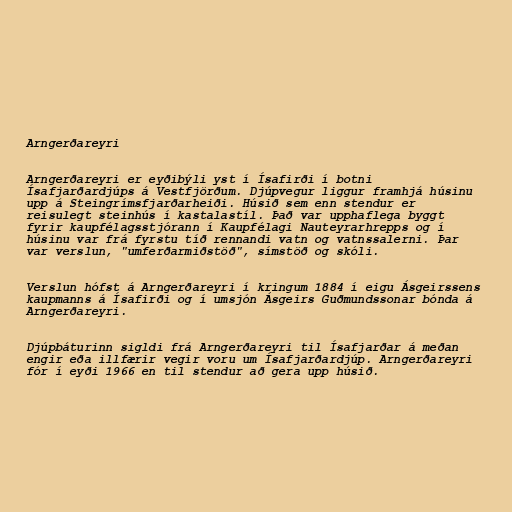
Arngerðareyri

Arngerðareyri er eyðibýli yst í Ísafirði í botni
Ísafjarðardjúps á Vestfjörðum. Djúpvegur liggur framhjá húsinu
upp á Steingrímsfjarðarheiði. Húsið sem enn stendur er
reisulegt steinhús í kastalastíl. Það var upphaflega byggt
fyrir kaupfélagsstjórann í Kaupfélagi Nauteyrarhrepps og í
húsinu var frá fyrstu tíð rennandi vatn og vatnssalerni. Þar
var verslun, "umferðarmiðstöð", símstöð og skóli.

Verslun hófst á Arngerðareyri í kringum 1884 í eigu Ásgeirssens
kaupmanns á Ísafirði og í umsjón Ásgeirs Guðmundssonar bónda á
Arngerðareyri.

Djúpbáturinn sigldi frá Arngerðareyri til Ísafjarðar á meðan
engir eða illfærir vegir voru um Ísafjarðardjúp. Arngerðareyri
fór í eyði 1966 en til stendur að gera upp húsið.